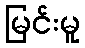
မြင်းမူ